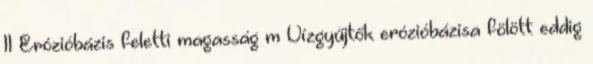
11 Erózióbázis feletti magasság m Vízgyűjtők erózióbázisa fölött eddig